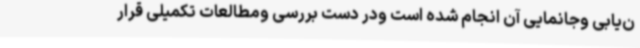
ن‌یابی وجانمایی آن انجام شده است ودر دست بررسی ومطالعات تکمیلی قرار